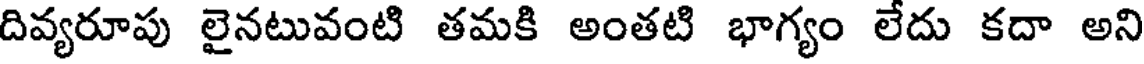
దివ్యరూపు లైనటువంటి తమకి అంతటి భాగ్యం లేదు కదా అని